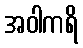
အဝါကရိ